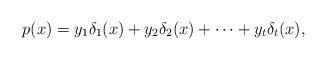
LaTeX: \begin{align*}p(x) = y_1 \delta_{1}(x) + y_2 \delta_2(x) + \cdots + y_t \delta_{t}(x), \end{align*}